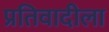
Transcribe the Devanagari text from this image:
प्रतिवादीला